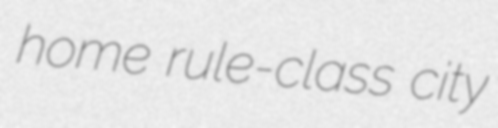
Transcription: home rule-class city